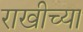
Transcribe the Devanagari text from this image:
राखीच्या